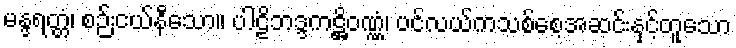
မန္ဒရတ္တံ၊ စဉ်းငယ်နီသော။ ပါဠိဘဒ္ဒကဋ္ဌိဝဏ္ဏံ၊ ပင်လယ်ကသစ်စေ့အဆင်းနှင့်တူသော